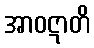
အာဝဋာတိ